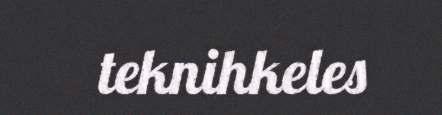
teknihkeles